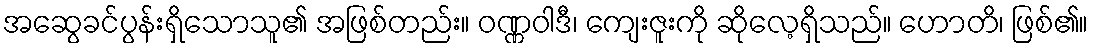
အဆွေခင်ပွန်းရှိသောသူ၏ အဖြစ်တည်း။ ဝဏ္ဏဝါဒီ၊ ကျေးဇူးကို ဆိုလေ့ရှိသည်။ ဟောတိ၊ ဖြစ်၏။